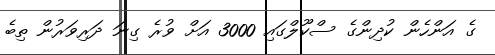
ގެ އަންހެން ކުދިންގެ ސްކޫލްގައި 3000 އަށް ވުރެ ގިނަ ދަރިވަރުން ތިބެ